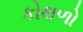
કોથળો